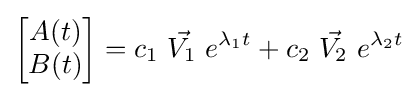
{\begin{bmatrix}A(t)\\B(t)\end{bmatrix}}=c_{1}\ {\vec {V_{1}}}\ e^{\lambda _{1}t}+c_{2}\ {\vec {V_{2}}}\ e^{\lambda _{2}t}